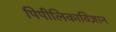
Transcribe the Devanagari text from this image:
पिपीलिकाविज्ञान